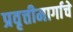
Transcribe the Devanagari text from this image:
प्रवृत्तीमार्गाचे